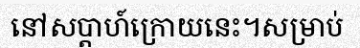
នៅសប្តាហ៍ក្រោយនេះ។សម្រាប់